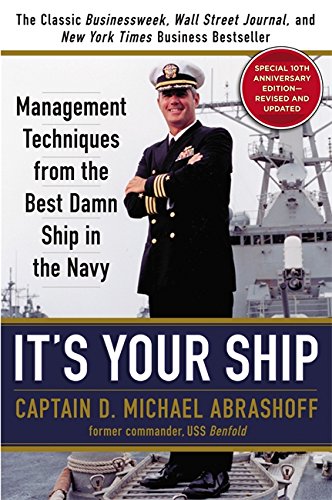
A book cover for It's Your Ship: Management Techniques from the Best Damn Ship in the Navy (revised); D. Michael Abrashoff; Business & Money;